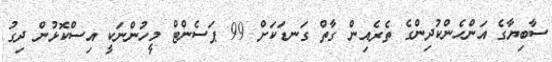
ސާބިޔާގެ އަންހެންކުދިންގެ ތެރެއިން ގާތް ގަނޑަކަށް 99 ޕަސެންޓް މީހުންނަކީ އިސްކޮޅުން ދިގު